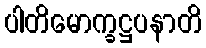
ပါတိမောက္ခဋ္ဌပနာတိ